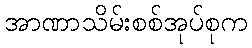
အာဏာသိမ်းစစ်အုပ်စုက